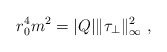
\begin{align*} r_0^4 m^2 = |Q| \|\tau_\perp\|^2_\infty~,\end{align*}